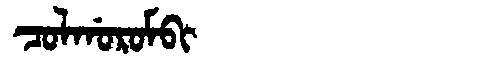
Manchu: ᠴᠣᠯᡤᠣᡵᠣᠮᠪᡳ
Romanization: COLGOROMBI